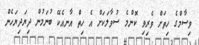
ވިސާމްގެ ހިތަށް ވެރިވި ކޮންމެ ސުވާލަކަށް އެ ހިތް އާނއެކޭ ބުނަމުން ދިޔަދިޔަހެން